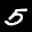
Label: 5